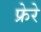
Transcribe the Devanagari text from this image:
फ्रेरे